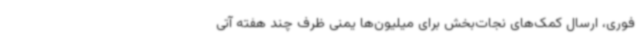
فوری، ارسال کمک‌های نجات‌بخش برای میلیون‌ها یمنی ظرف چند هفته آتی